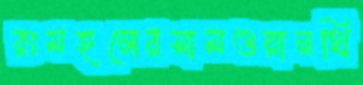
রংমহলেরসামওয়ানথি